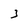
Character: 3